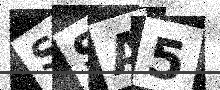
Text: SSA5